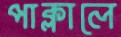
পাক্‌লালে